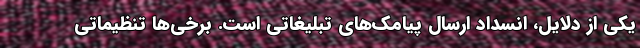
‌یکی از دلایل، انسداد ارسال پیامک‌های تبلیغاتی است. برخی‌ها تنظیماتی